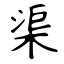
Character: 渠